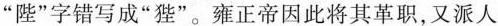
”陛”字错写成”狴”。雍正帝因此将其革职，又派人